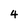
Character: 4